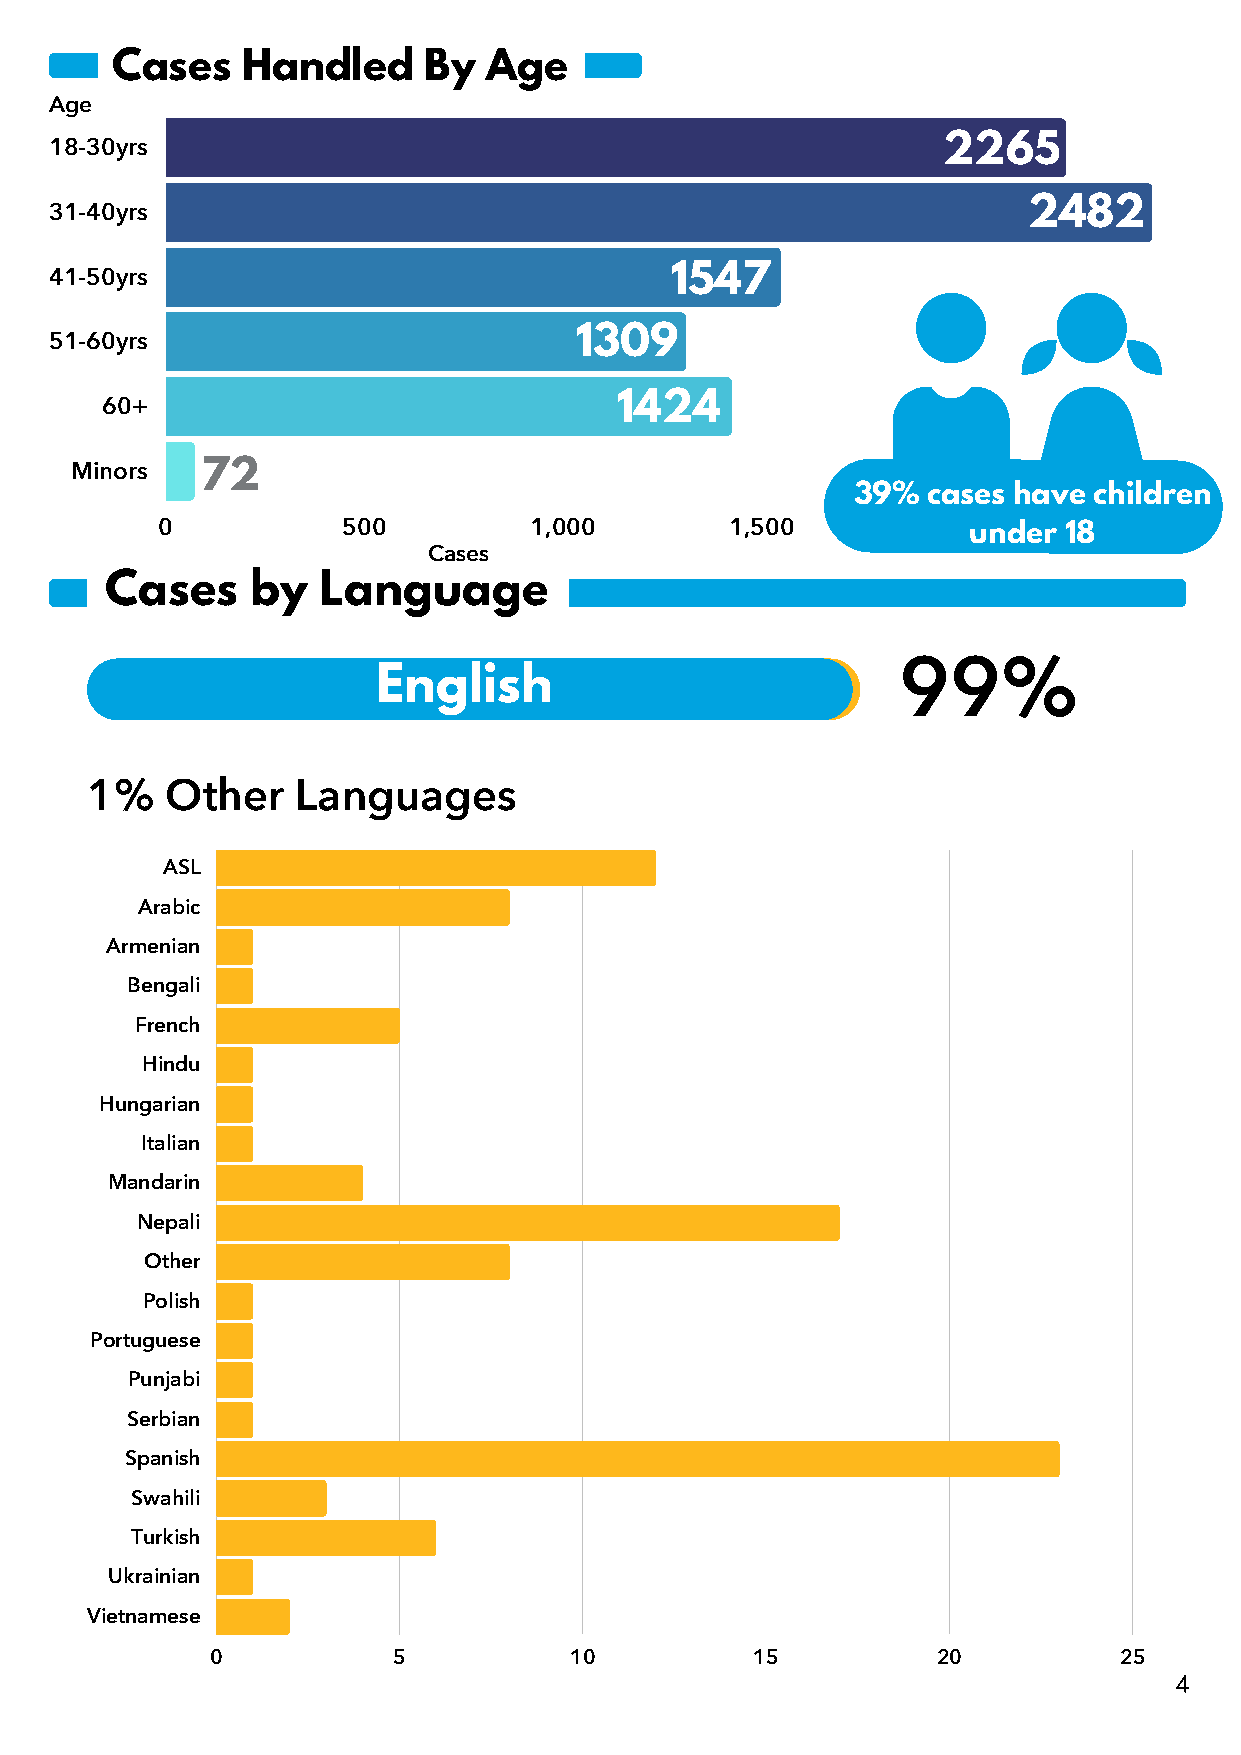
Cases    Handled     By  Age
 Age
 18-30yrs                                                   2265
 31-40yrs                                                         2482
 41-50yrs                                 1547
 51-60yrs                           1309
 60+                               1424
 Minors  72
 39%  cases have children
 0            500         1,000        1,500        2,00u0nder 18 2,500
 Cases
 Cases     by  Language
 99%
 English
 1%   Other    Languages
 ASL
 Arabic
 Armenian
 Bengali
 French
 Hindu
 Hungarian
 Italian
 Mandarin
 Nepali
 Other
 Polish
 Portuguese
 Punjabi
 Serbian
 Spanish
 Swahili
 Turkish
 Ukrainian
 Vietnamese
 0           5           10          15          20          25
 4